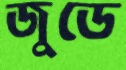
জুডে